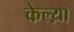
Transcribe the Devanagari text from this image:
केल्य़ा